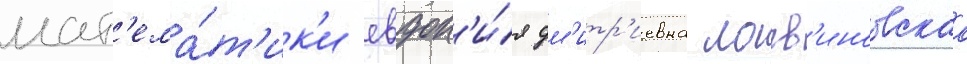
мат'ема́т'ик'и евдок'и́я дм'итр'иевна логв'иновскаа